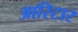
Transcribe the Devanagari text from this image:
आरिटार